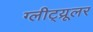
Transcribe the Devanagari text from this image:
ग्लीट्य्रूलर